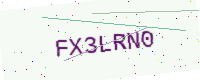
Text: FX3LRN0